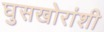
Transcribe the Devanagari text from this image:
घुसखोरांशी